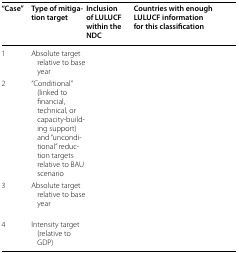
<table><thead><tr><td><b>“Case”</b></td><td><b>Type of mitigation target</b></td><td><b>Inclusion of LULUCF within the NDC</b></td><td><b>Countries with enough LULUCF information for this classification</b></td></tr></thead><tbody><tr><td>1</td><td>Absolute target relative to base year</td><td rowspan="2">[EMPTY_CELL]</td><td>[EMPTY_CELL]</td></tr><tr><td>2</td><td>“Conditional” (linked to financial, technical, or capacity-building support) and “unconditional” reduction targets relative to BAU scenario</td><td>[EMPTY_CELL]</td></tr><tr><td>3</td><td>Absolute target relative to base year</td><td>[EMPTY_CELL]</td><td>[EMPTY_CELL]</td></tr><tr><td>4</td><td>Intensity target (relative to GDP)</td><td>[EMPTY_CELL]</td><td>[EMPTY_CELL]</td></tr></tbody></table>